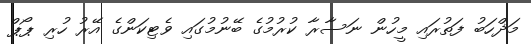
މަޛްހަބު ފަތުރައި މީހުން ނަސާރާ ކުރުމުގެ ބޭނުމުގައި ވެޓިކަންގެ އޭރު ހުރި ޕޯޕް